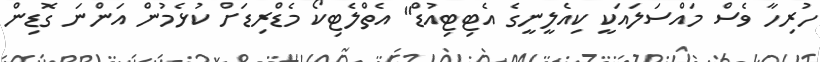
ހުރިހާ ވެސް މައްސަލައަކީ ކިއެލީނީގެ އެޓިޓިއުޑް" އެތްލެޓިކޯ މެޑްރިޑަށް ކުޅެމުން އަންނަ ގޮޑިން